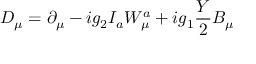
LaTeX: D _ { \mu } = \partial _ { \mu } - i g _ { 2 } I _ { a } W _ { \mu } ^ { a } + i g _ { 1 } \frac Y 2 B _ { \mu }